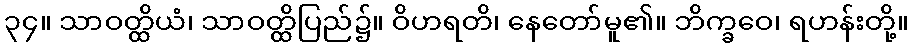
၃၄။ သာဝတ္ထိယံ၊ သာဝတ္ထိပြည်၌။ ဝိဟရတိ၊ နေတော်မူ၏။ ဘိက္ခဝေ၊ ရဟန်းတို့။